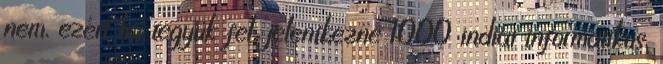
nem, ezért ha tegyük fel, jelentkezne 1000 indiai informatikus,